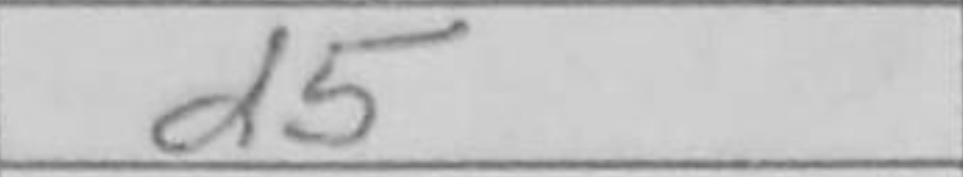
Transcription: d5